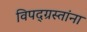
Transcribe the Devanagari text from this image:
विपद्‌ग्रस्तांना